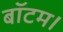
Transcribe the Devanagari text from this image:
बॉटम।